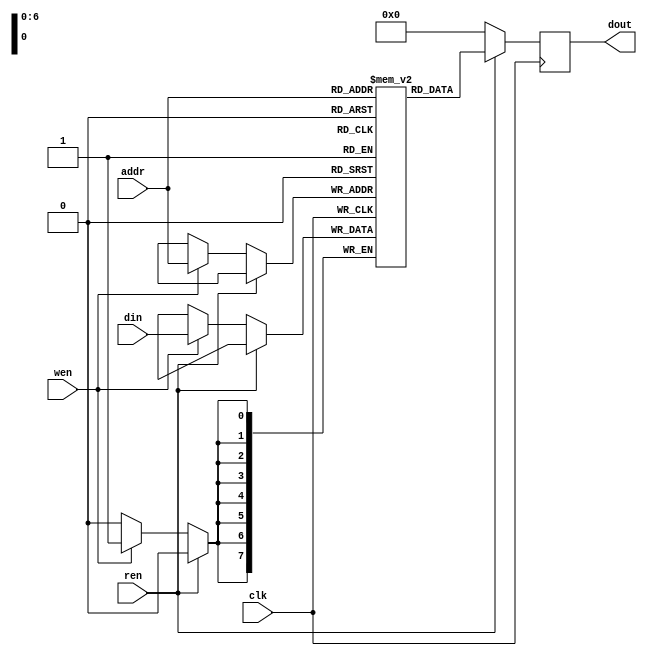
`timescale 1ns/1ps

module Memory (clk, ren, wen, addr, din, dout);
input clk;
input ren, wen;
input [7-1:0] addr;
input [8-1:0] din;
output [8-1:0] dout;
reg [8-1:0] dout;
reg [7:0] My_Memory [127:0];

always @(posedge clk) begin
    if (ren) begin
        dout <= My_Memory[addr];
    end
    else if (wen) begin
        My_Memory[addr] <= din;
        dout <= 0;
    end
    else begin
        dout <= 0;
    end
end
endmodule